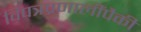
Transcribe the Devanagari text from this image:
विपत्रप्रणालींपैकी